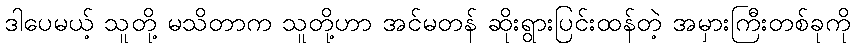
ဒါပေမယ့် သူတို့ မသိတာက သူတို့ဟာ အင်မတန် ဆိုးရွားပြင်းထန်တဲ့ အမှားကြီးတစ်ခုကို